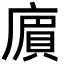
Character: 𢊟